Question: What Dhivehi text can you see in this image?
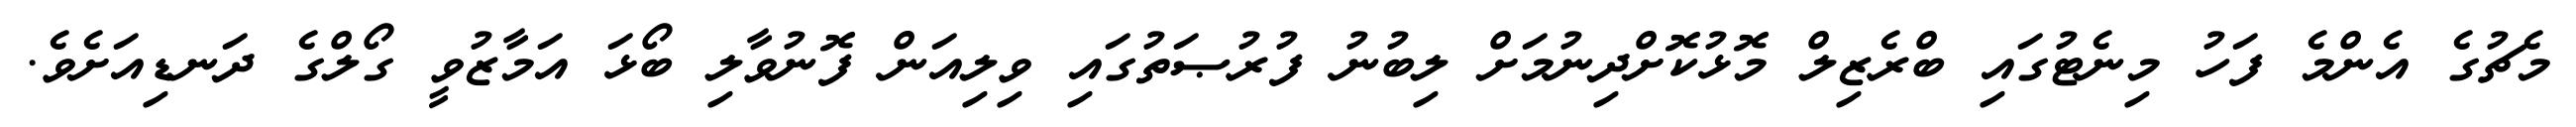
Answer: މެޗުގެ އެންމެ ފަހު މިނެޓުގައި ބްރެޒިލް މޮޅުކޮށްދިނުމަށް ލިބުނު ފުރުޞަތުގައި ވިލިއަން ފޮނުވާލި ބޯޅަ އަމާޒުވީ ގޯލްގެ ދަނޑިއަށެވެ.